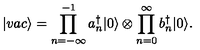
| v a c \rangle = \prod _ { n = - \infty } ^ { - 1 } a _ { n } ^ { \dagger } | 0 \rangle \otimes \prod _ { n = 0 } ^ { \infty } b _ { n } ^ { \dagger } | 0 \rangle .